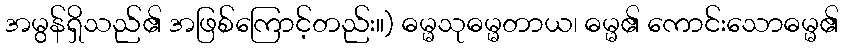
အမွန်ရှိသည်၏ အဖြစ်ကြောင့်တည်း။) ဓမ္မသုဓမ္မတာယ၊ ဓမ္မ၏ ကောင်းသောဓမ္မ၏